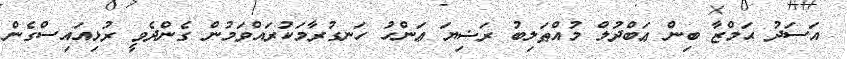
އަސަދު ޙަމްޒާ ބިން ޢަބްދުލް މުއްޠަލިބު ރަޟިޔަ ޢަންހު ހަނގުރާމަކުރައްވަމުން ގެންދެވީ ރުޅިއައިސްގެން